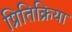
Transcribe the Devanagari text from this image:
प्रितिक्रिया